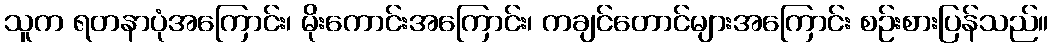
သူက ရတနာပုံအကြောင်း၊ မိုးကောင်းအကြောင်း၊ ကချင်တောင်များအကြောင်း စဉ်းစားပြန်သည်။